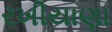
રખીયાણા